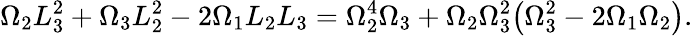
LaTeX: \Omega_{2}L_{3}^{2}+\Omega_{3}L_{2}^{2}-2\Omega_{1}L_{2}L_{3}=\Omega_{2}^{4}\Omega_{3}+\Omega_{2}\Omega_{3}^{2}\big(\Omega_{3}^{2}-2\Omega_{1}\Omega_{2}\big).